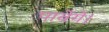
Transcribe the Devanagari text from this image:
पावेंगे।